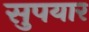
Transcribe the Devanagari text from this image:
सुपयार